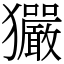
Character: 玁